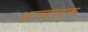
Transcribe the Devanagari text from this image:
आल्हादक